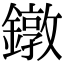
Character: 鐓